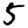
Digit: 5